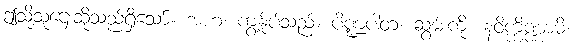
ဤသို့သူဌေးဆိုသည်ရှိသော်။ အဟံ၊ ကျွန်ုပ်သည်။ ပိဏ္ဍပါတံ၊ ဆွမ်းကို။ နဝိက္ကိဏ္ဏာမိ၊